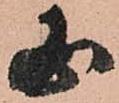
国